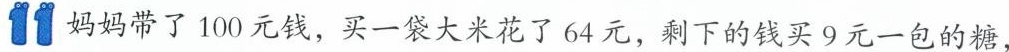
11 妈妈带了100元钱，买一袋大米花了64元，剩下的钱买9元一包的糖，